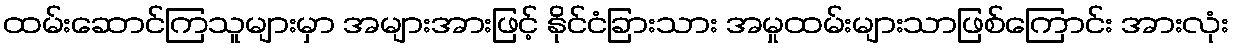
ထမ်းဆောင်ကြသူများမှာ အများအားဖြင့် နိုင်ငံခြားသား အမှုထမ်းများသာဖြစ်ကြောင်း အားလုံး